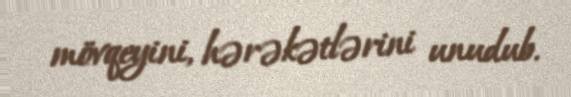
mövqeyini, hərəkətlərini unudub.